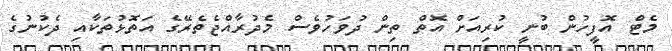
މެޓް އޮފީހުން ބުނީ ކުރިއަށް އޮތް ތިން ދުވަހުވެސް މެދުރާއްޖެތެރޭގެ އަތޮޅުތަކާއި ދެކުނުގެ